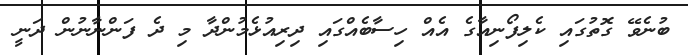
ބުނެވޭ ގޮތުގައި ކެލިފޯނިއާގެ އެއް ހިސާބެއްގައި ދިރިއުޅެމުންދާ މި ދެ ފަންނާނުން ދަނީ